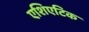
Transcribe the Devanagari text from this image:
एशिएटिक